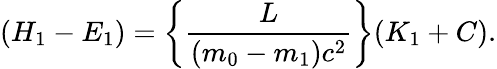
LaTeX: (H_{1}-E_{1})=\left\{ \frac{L}{(m_{0}-m_{1})c^{2}}\right\} (K_{1}+C).